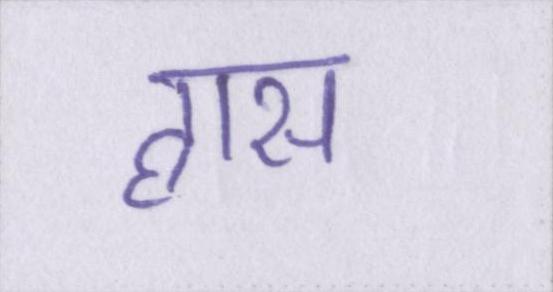
ह्रास